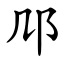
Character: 䢳